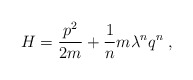
\begin{align*}H = \frac{p^2}{2m} + \frac{1}{n} m \lambda^n q^n \; ,\end{align*}